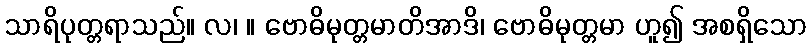
သာရိပုတ္တရာသည်။ လ၊ ။ ဗောဓိမုတ္တမာတိအာဒိ၊ ဗောဓိမုတ္တမာ ဟူ၍ အစရှိသော